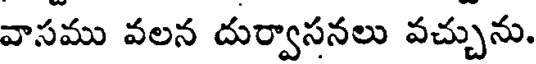
వాసము వలన దుర్వాసనలు వచ్చును.